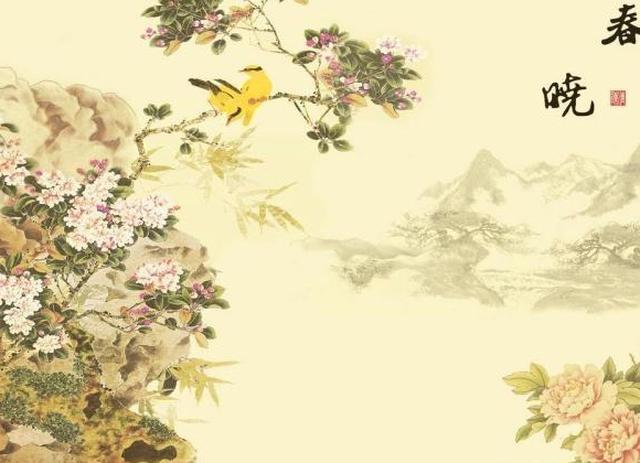
大堤欲上谁相伴，马踏春泥半是花。